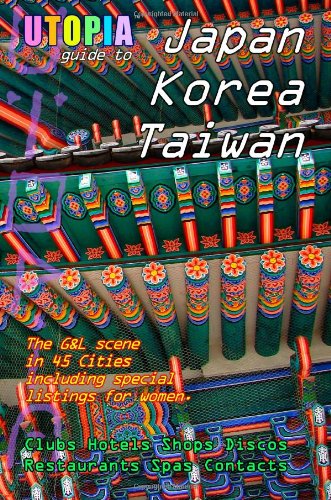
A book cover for Utopia Guide to Japan, South Korea & Taiwan : the Gay and Lesbian Scene in 45 Cities Including Tokyo, Osaka, Kyoto, Seoul, Pusan and Taipei; John Goss; Gay & Lesbian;